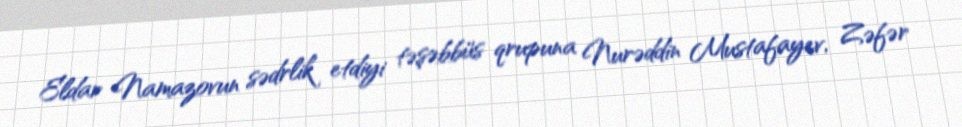
Eldar Namazovun sədrlik etdiyi təşəbbüs qrupuna Nurəddin Mustafayev, Zəfər